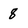
Character: 8